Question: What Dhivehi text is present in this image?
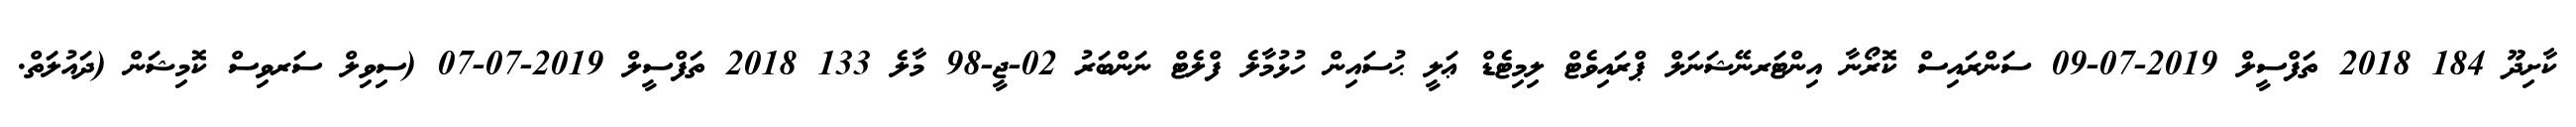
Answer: ކާށިދޫ 184 2018 ތަފްސީލް 2019-07-09 ސަންރައިސް ކޮރޯނާ އިންޓަރނޭޝަނަލް ޕްރައިވެޓް ލިމިޓެޑް ޢަލީ ޙުސައިން ހުޅުމާލެ ފްލެޓް ނަންބަރު 02-ޖީ-98 މާލެ 133 2018 ތަފްސީލް 2019-07-07 (ސިވިލް ސަރވިސް ކޮމިޝަން (ދައުލަތް.